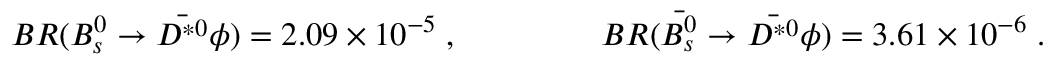
B R ( B _ { s } ^ { 0 } \to \bar { D ^ { * 0 } } \phi ) = 2 . 0 9 \times 1 0 ^ { - 5 } \; , ~ ~ ~ ~ ~ ~ ~ ~ ~ ~ ~ ~ ~ B R ( \bar { B _ { s } ^ { 0 } } \to \bar { D ^ { * 0 } } \phi ) = 3 . 6 1 \times 1 0 ^ { - 6 } \; .